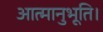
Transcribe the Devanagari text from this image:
आत्मानुभूति।